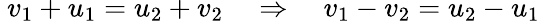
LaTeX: \ v_{1}+u_{1}=u_{2}+v_{2}\quad\Rightarrow\quad v_{1}-v_{2}=u_{2}-u_{1}